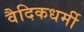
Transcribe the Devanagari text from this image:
वैदिकधर्मी